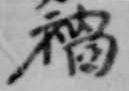
禍